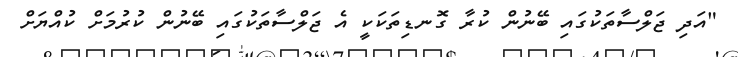
"އަދި ޖަލްސާތަކުގައި ބޭނުން ކުރާ ގޮނޑިތަކަކީ އެ ޖަލްސާތަކުގައި ބޭނުން ކުރުމަށް ކުއްޔަށް